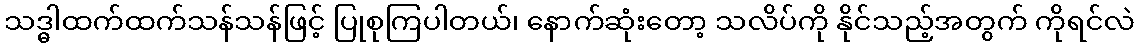
သဒ္ဓါထက်ထက်သန်သန်ဖြင့် ပြုစုကြပါတယ်၊ နောက်ဆုံးတော့ သလိပ်ကို နိုင်သည့်အတွက် ကိုရင်လဲ